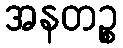
အနတဉ္စ